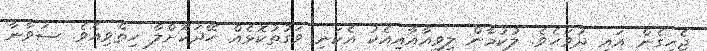
ޖެހިގެން އައި ދުވަހެވެ. ލުކުމާން ލިވިއާއާއިއެކު އެކަނި ވަގުތުކޮޅެއް ހޭދަކޮށްލާ ހިތްވިއެވެ. ސަވާނާ